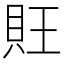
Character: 𧴽